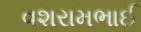
વશરામભાઈ